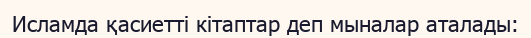
Исламда қасиетті кітаптар деп мыналар аталады: